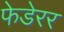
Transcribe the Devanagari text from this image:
फेडेरर